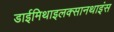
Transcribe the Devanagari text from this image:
डाईमिथाइलक्सानथाइंस